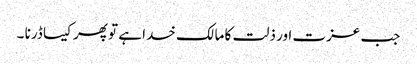
جب عزت اور ذلت کا مالک خدا ہے تو پھر کیسا ڈرنا ۔